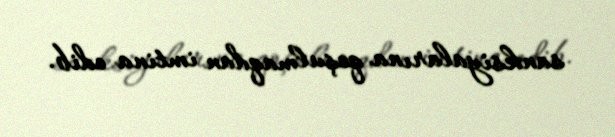
sanksiyalarına qoşulmaqdan imtina edib.